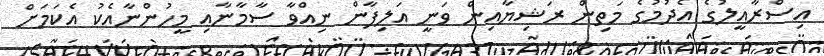
އިސްރާއީލުގެ އެދުމުގެ މަތިން ރަޝިޔާއިން ވަނީ އަލިފާން ނިއްވާ ސާމާނާއި މީހުންނާއެކު އެކަމަށް